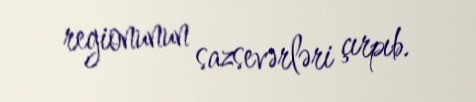
regionunun sazsevərləri çırpıb.